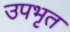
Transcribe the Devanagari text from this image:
उपभृत